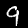
Label: 9